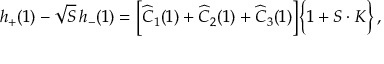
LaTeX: h _ { + } ( 1 ) - \sqrt { S } \, h _ { - } ( 1 ) = \Big [ \widehat { C } _ { 1 } ( 1 ) + \widehat { C } _ { 2 } ( 1 ) + \widehat { C } _ { 3 } ( 1 ) \Big ] \Big \{ 1 + S \cdot K \Big \} \, ,